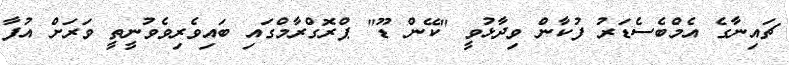
ޗައިނާގެ އެމްބެސެޑަރު ފުކާން ވިދާޅުވީ "ކޭން ޑޫ" ޕްރޮގްރާމްގައި ބައިވެރިވެވުނީތީ ވަރަށް އުފާ